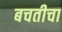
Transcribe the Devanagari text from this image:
बचतीचा